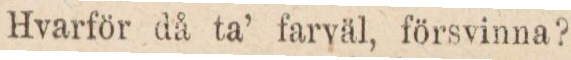
Hvarför då ta’ farväl, försvinna?...